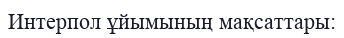
Интерпол ұйымының мақсаттары: